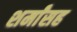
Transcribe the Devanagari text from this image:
शर्मांसह